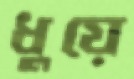
ধুয়ে